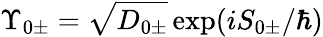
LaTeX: \Upsilon_{0\pm}=\sqrt{D_{0\pm}}\exp({iS_{0\pm}/\hbar})